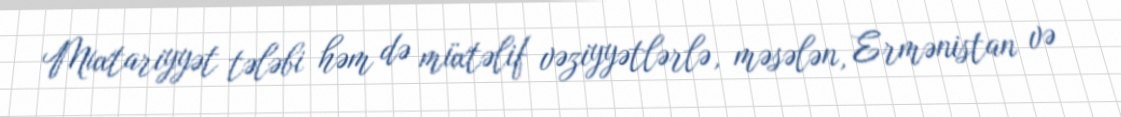
Muxtariyyət tələbi həm də müxtəlif vəziyyətlərlə, məsələn, Ermənistan və